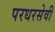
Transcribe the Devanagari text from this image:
परधरसेवी